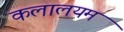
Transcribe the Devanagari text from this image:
कलालयम